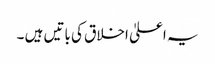
یہ اعلیٰ اخلاق کی باتیں ہیں ۔